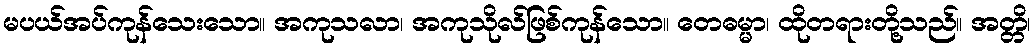
မပယ်အပ်ကုန်သေးသော။ အကုသလာ၊ အကုသိုလ်ဖြစ်ကုန်သော။ တေဓမ္မာ၊ ထိုတရားတို့သည်။ အတ္တိ၊